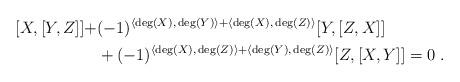
LaTeX: \begin{align*}[X, [Y, Z]] + &(-1)^{\langle \deg(X),\, \deg(Y) \rangle + \langle \deg(X),\, \deg(Z) \rangle} [Y, [Z, X]]\\ &+ (-1)^{\langle \deg(X),\, \deg(Z) \rangle + \langle \deg(Y),\, \deg(Z) \rangle} [Z, [X, Y]] = 0\;.\end{align*}